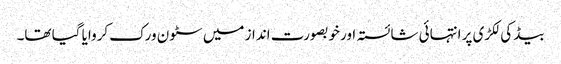
بیڈ کی لکڑی پر انتہائی شائستہ اور خوبصورت انداز میں سٹون ورک کروایا گیا تھا۔